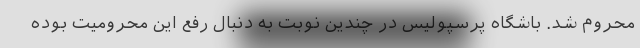
محروم شد. باشگاه پرسپولیس در چندین نوبت به دنبال رفع این محرومیت بوده